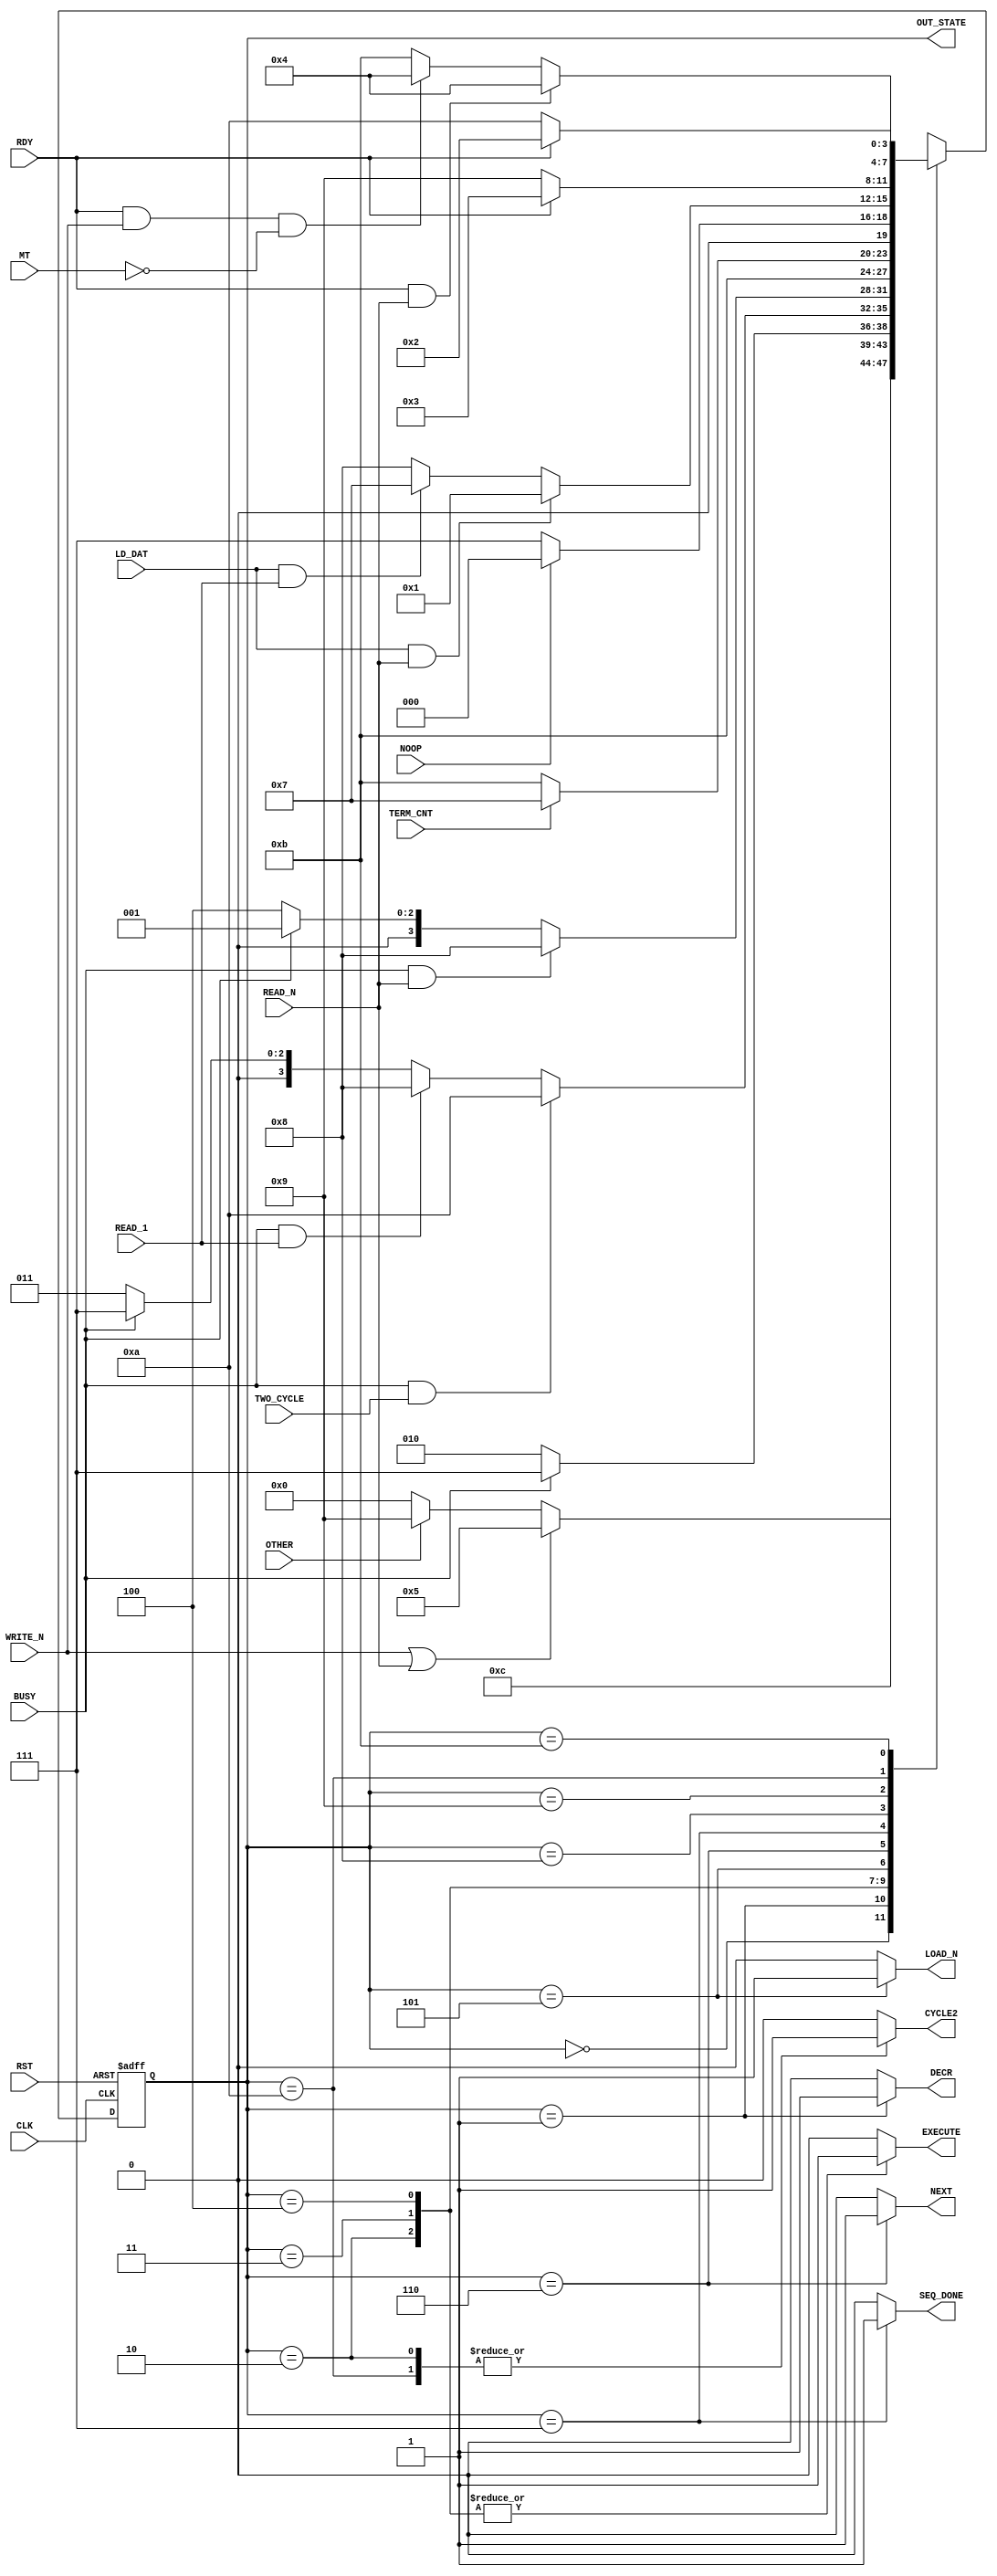

// Created by fizzim.pl version 4.41 on 2013:01:29 at 14:24:02 (www.fizzim.com)

module BPI_ctrl_FSM (
  output reg CYCLE2,
  output reg DECR,
  output reg EXECUTE,
  output reg LOAD_N,
  output reg NEXT,
  output reg SEQ_DONE,
  output wire [3:0] OUT_STATE,
  input BUSY,
  input CLK,
  input LD_DAT,
  input MT,
  input NOOP,
  input OTHER,
  input RDY,
  input READ_1,
  input READ_N,
  input RST,
  input TERM_CNT,
  input TWO_CYCLE,
  input WRITE_N 
);
  
  // state bits
  parameter 
  Idle           = 4'b0000, 
  Decr           = 4'b0001, 
  Ex_2nd_Cycle   = 4'b0010, 
  Ex_First_Cycle = 4'b0011, 
  Ex_RW          = 4'b0100, 
  Load_n         = 4'b0101, 
  Next           = 4'b0110, 
  Seq_Done       = 4'b0111, 
  Wait4Data      = 4'b1000, 
  Wait4Rdy1      = 4'b1001, 
  Wait4Rdy2      = 4'b1010, 
  Wait4RdyRW     = 4'b1011; 
  
  reg [3:0] state;
  assign OUT_STATE = state;
  reg [3:0] nextstate;
  
  // comb always block
  always @* begin
    nextstate = 4'bxxxx; // default to x because default_state_is_x is set
    CYCLE2 = 0; // default
    DECR = 0; // default
    EXECUTE = 0; // default
    LOAD_N = 0; // default
    NEXT = 0; // default
    SEQ_DONE = 0; // default
    case (state)
      Idle          : if      (WRITE_N || READ_N)     nextstate = Load_n;
                      else if (OTHER)                 nextstate = Wait4Rdy1;
                      else                            nextstate = Idle;
      Decr          : begin
                                                      DECR = 1;
                                                      nextstate = Next;
      end
      Ex_2nd_Cycle  : begin
                                                      CYCLE2 = 1;
                                                      EXECUTE = 1;
        if                    (BUSY)                  nextstate = Seq_Done;
        else                                          nextstate = Ex_2nd_Cycle;
      end
      Ex_First_Cycle: begin
                                                      EXECUTE = 1;
        if                    (BUSY && TWO_CYCLE)     nextstate = Wait4Rdy2;
        else if               (BUSY && READ_1)        nextstate = Wait4Data;
        else if               (BUSY)                  nextstate = Seq_Done;
        else                                          nextstate = Ex_First_Cycle;
      end
      Ex_RW         : begin
                                                      EXECUTE = 1;
        if                    (BUSY && READ_N)        nextstate = Wait4Data;
        else if               (BUSY)                  nextstate = Decr;
        else                                          nextstate = Ex_RW;
      end
      Load_n        : begin
                                                      LOAD_N = 1;
                                                      nextstate = Wait4RdyRW;
      end
      Next          : begin
                                                      NEXT = 1;
        if                    (TERM_CNT)              nextstate = Seq_Done;
        else                                          nextstate = Wait4RdyRW;
      end
      Seq_Done      : begin
                                                      SEQ_DONE = 1;
        if                    (NOOP)                  nextstate = Idle;
        else                                          nextstate = Seq_Done;
      end
      Wait4Data     : if      (LD_DAT && READ_N)      nextstate = Decr;
                      else if (LD_DAT && READ_1)      nextstate = Seq_Done;
                      else                            nextstate = Wait4Data;
      Wait4Rdy1     : if      (RDY)                   nextstate = Ex_First_Cycle;
                      else                            nextstate = Wait4Rdy1;
      Wait4Rdy2     : begin
                                                      CYCLE2 = 1;
        if                    (RDY)                   nextstate = Ex_2nd_Cycle;
        else                                          nextstate = Wait4Rdy2;
      end
      Wait4RdyRW    : if      (RDY && READ_N)         nextstate = Ex_RW;
                      else if (RDY & WRITE_N && !MT)  nextstate = Ex_RW;
                      else                            nextstate = Wait4RdyRW;
    endcase
  end
  
  // Assign reg'd outputs to state bits
  
  // sequential always block
  always @(posedge CLK or posedge RST) begin
    if (RST)
      state <= Idle;
    else
      state <= nextstate;
  end
  
  // This code allows you to see state names in simulation
  `ifndef SYNTHESIS
  reg [111:0] statename;
  always @* begin
    case (state)
      Idle          : statename = "Idle";
      Decr          : statename = "Decr";
      Ex_2nd_Cycle  : statename = "Ex_2nd_Cycle";
      Ex_First_Cycle: statename = "Ex_First_Cycle";
      Ex_RW         : statename = "Ex_RW";
      Load_n        : statename = "Load_n";
      Next          : statename = "Next";
      Seq_Done      : statename = "Seq_Done";
      Wait4Data     : statename = "Wait4Data";
      Wait4Rdy1     : statename = "Wait4Rdy1";
      Wait4Rdy2     : statename = "Wait4Rdy2";
      Wait4RdyRW    : statename = "Wait4RdyRW";
      default       : statename = "XXXXXXXXXXXXXX";
    endcase
  end
  `endif

endmodule